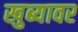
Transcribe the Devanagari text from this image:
खुब्यावर